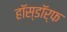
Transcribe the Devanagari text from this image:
हॉस्डॉर्फ